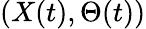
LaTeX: (X(t),\Theta(t))